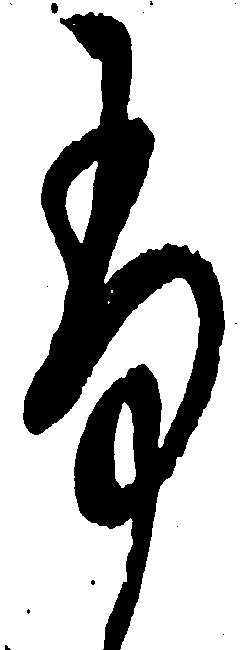
ふ